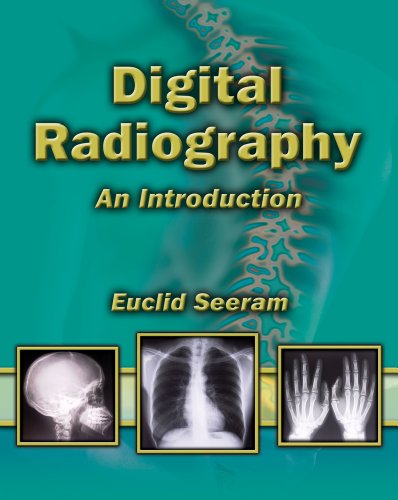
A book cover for Digital Radiography: An Introduction for Technologists; Euclid Seeram; Medical Books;